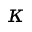
\kappa